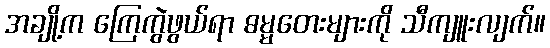
အချို့က ကြေကွဲဖွယ်ရာ ဓမ္မတေးများကို သီကျူးလျက်။